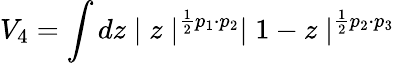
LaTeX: V_{4}=\int dz\mid z\mid^{\frac{1}{2}p_{1}\cdot p_{2}}\mid 1-z\mid^{\frac{1}{2}p_{2}\cdot p_{3}}